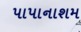
પાપાનાશમ